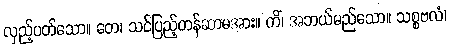
လှည့်ပတ်သော။ တေ၊ သင်ပြည့်တန်ဆာမအား။ ကိံ၊ အဘယ်မည်သော။ သစ္စဗလံ၊